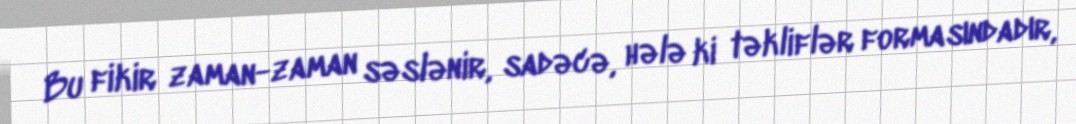
Bu fikir zaman-zaman səslənir, sadəcə, hələ ki təkliflər formasındadır,